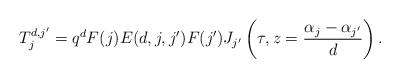
LaTeX: \begin{align*}T_j^{d,j'}=q^dF(j)E(d,j,j')F(j')J_{j'}\left(\tau,z=\frac{\alpha_j-\alpha_{j'}}{d}\right).\end{align*}